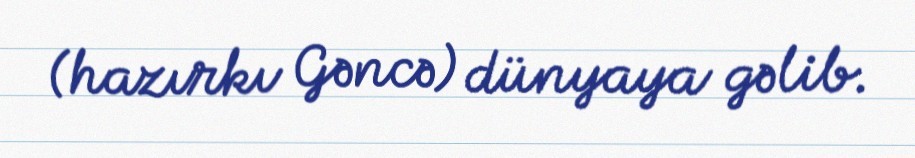
(hazırkı Gəncə) dünyaya gəlib.